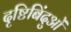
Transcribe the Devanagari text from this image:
दृष्टिबिंदुओं